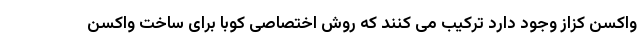
واکسن کزاز وجود دارد ترکیب می کنند که روش اختصاصی کوبا برای ساخت واکسن